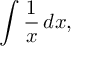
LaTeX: \int { \frac { 1 } { x } } \, d x ,